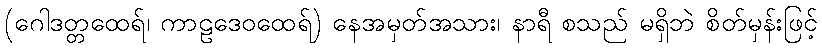
(ဂေါဒတ္တထေရ်၊ ကာဠဒေဝထေရ်) နေအမှတ်အသား၊ နာရီ စသည် မရှိဘဲ စိတ်မှန်းဖြင့်